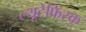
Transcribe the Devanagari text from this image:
ल्यूटेफिस्क